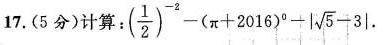
17. (5分) 计算：(\frac{1}{2})^{-2}-( \pi +2016)^{0}+| \sqrt{5}-3| .